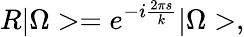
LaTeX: R|\Omega>=e^{-i\frac{2\pi s}{k}}|\Omega>,